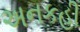
અનકહી